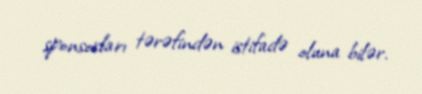
sponsorları tərəfindən istifadə oluna bilər.